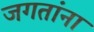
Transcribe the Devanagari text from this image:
जगतांना